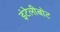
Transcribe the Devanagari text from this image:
इंटेलीबोट